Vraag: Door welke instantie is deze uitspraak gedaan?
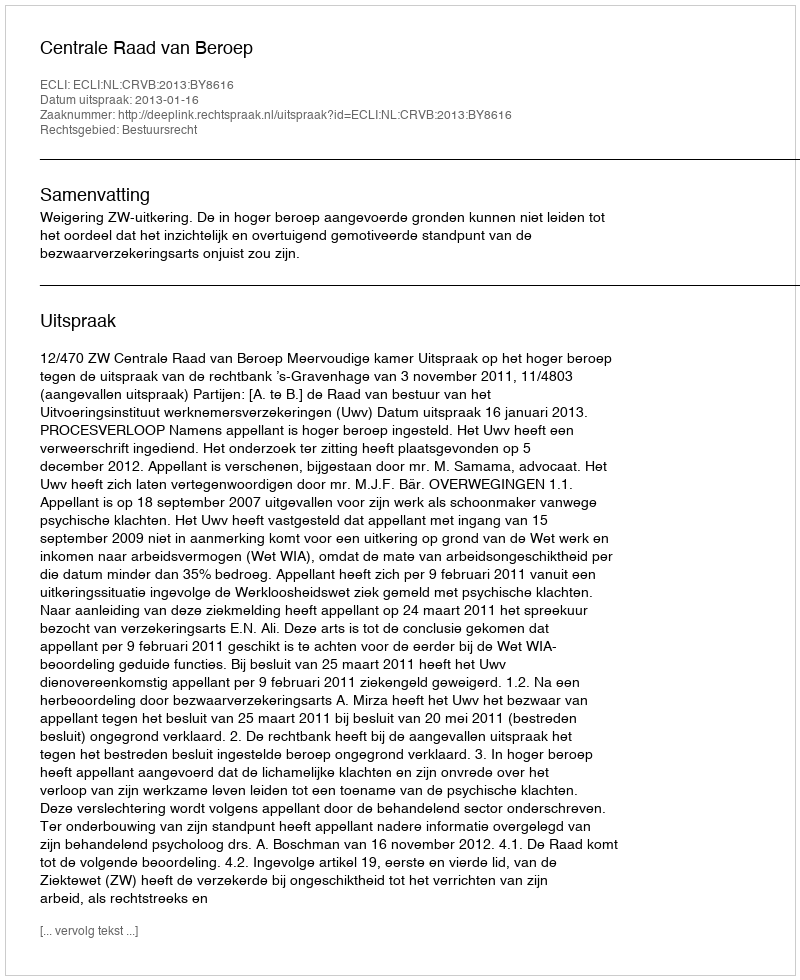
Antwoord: Centrale Raad van Beroep